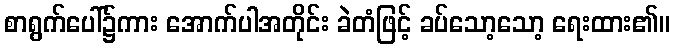
စာရွက်ပေါ်၌ကား အောက်ပါအတိုင်း ခဲတံဖြင့် ခပ်သော့သော့ ရေးထား၏။